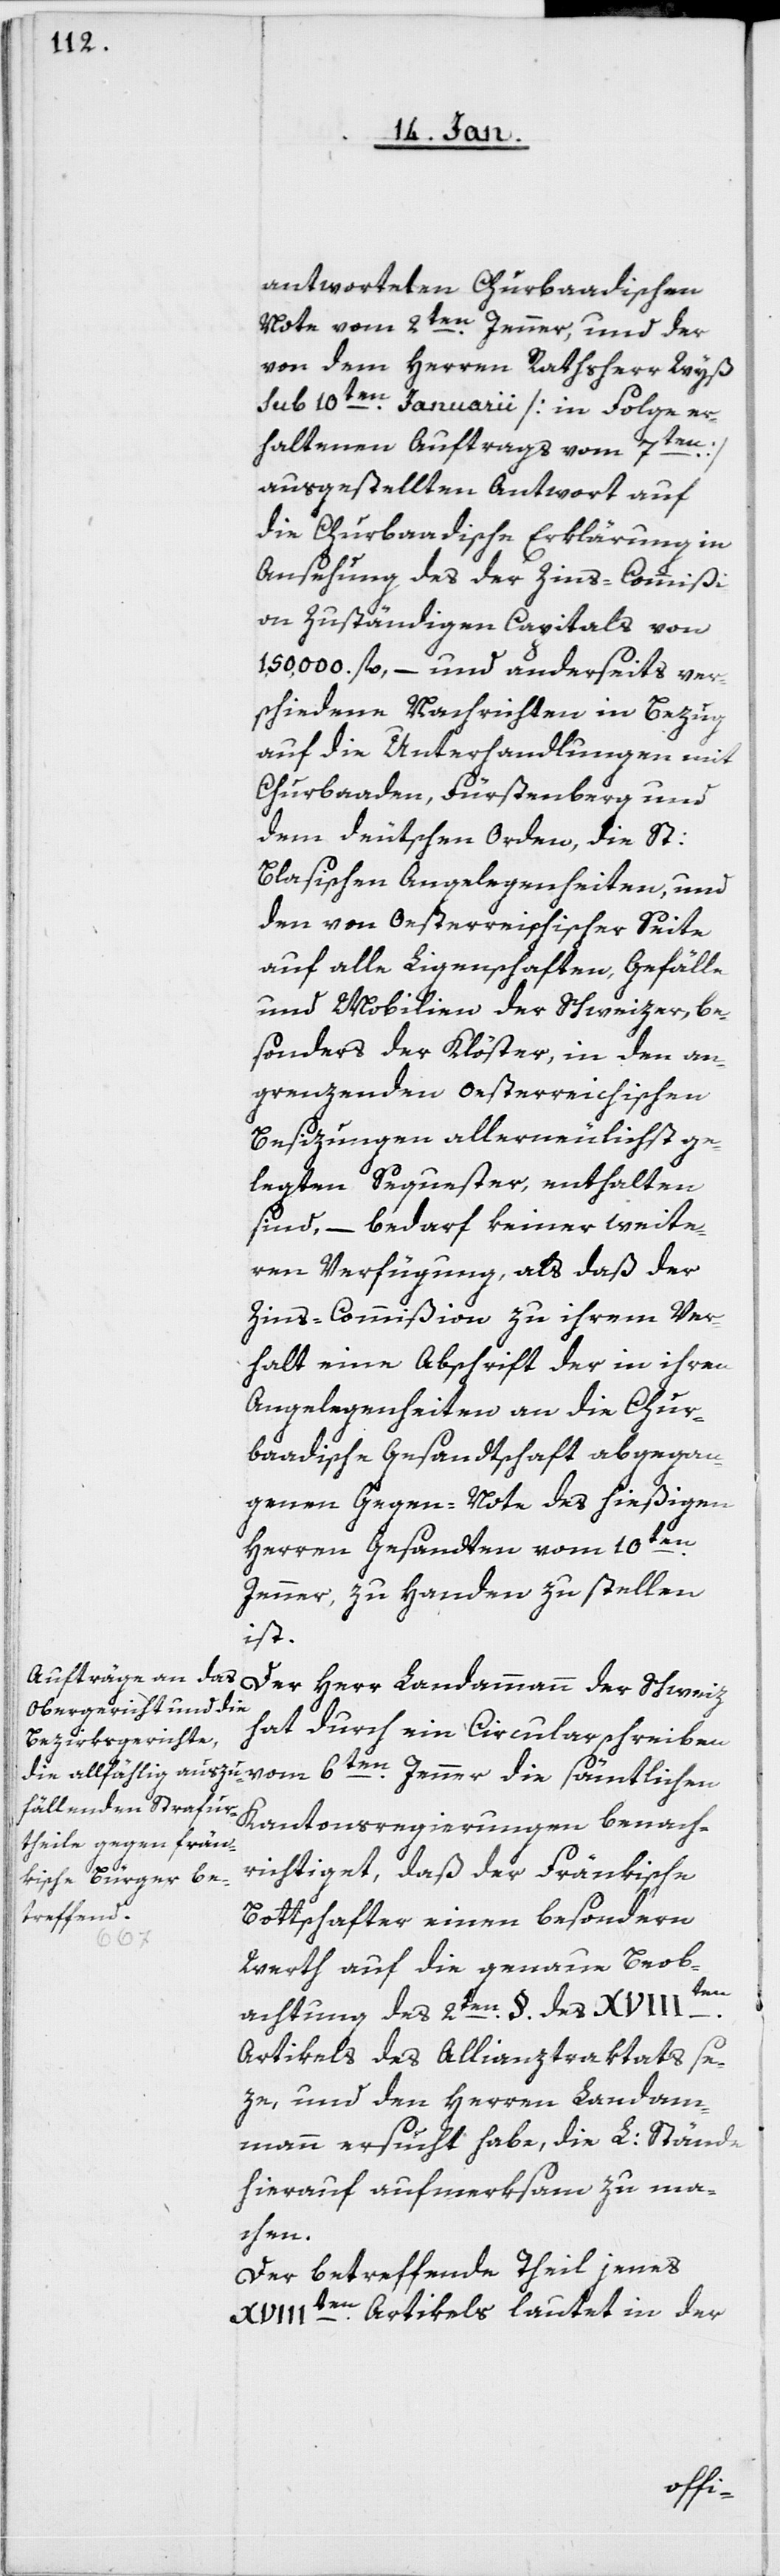
antworteten Churbaadischen
Note vom 2ten. Jenner, und der
von dem Herren Rathsherr Wyß
sub 10ten. Januarii [in Folge er¬
haltenen Auftrags vom 7ten.]
ausgestellten Antwort auf
die Churbaadische Erklärung in
Ansehung des der Zins-Commißi¬
on Zuständigen Capitals von
150,000 fl., – und anderseits ver¬
schiedene Nachrichten in Bezug
auf die Unterhandlungen mit
Churbaaden, Fürstenberg und
dem deutschen Orden, die St.
Blasischen Angelegenheiten, und
den von Oesterreichischer Seite
auf alle Liegenschaften, Gefälle
und Mobilien der Schweizer, be¬
sonders der Klöster, in den an¬
grenzenden oesterreichischen
Besizungen allerneulichst ge¬
legten Sequester, enthalten
sind, – bedarf keiner weite¬
ren Verfügung, als daß der
Zins-Commißion zu ihrem Ver¬
halt eine Abschrift der in ihren
Angelegenheiten an die Chur¬
baadische Gesandtschaft abgegan¬
genen Gegen-Note des hießigen
Herren Gesandten vom 10ten.
Jenner, zu Handen zu stellen
ist.
Der Herr Landammann der Schweiz
hat durch ein Circularschreiben
vom 6ten. Jenner die sämtlichen
Kantonsregierungen benach¬
richtiget, daß der Fränkische
Bottschafter einen besondern
Werth auf die genaue Beob¬
achtung des 2ten. §. des XVIIIten.
Artikels des Allianztraktats se¬
ze, und den Herrn Landam¬
mann ersucht habe, die L: Stände
hierauf aufmerksam zu ma¬
chen.
Der betreffende Theil jenes
XVIIIten. Artikels lautet in der